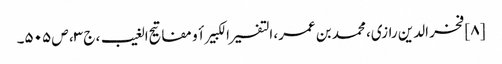
[۸] فخر الدین رازی، محمد بن عمر، التفسیر الکبیر أو مفاتیح الغیب، ج ۳، ص ۵۰۵۔